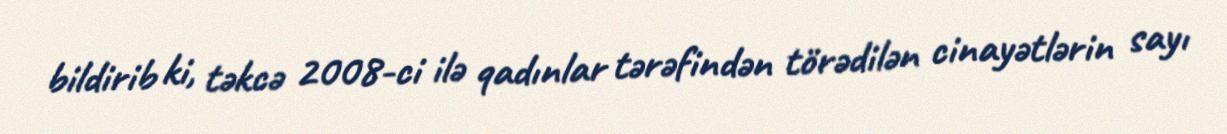
bildirib ki, təkcə 2008-ci ilə qadınlar tərəfindən törədilən cinayətlərin sayı